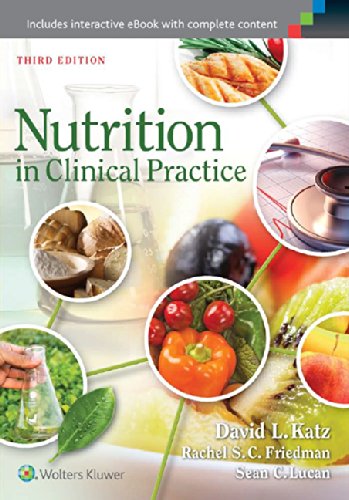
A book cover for Nutrition in Clinical Practice; Dr. David L. Katz MD  MPH  FACPM  FACP; Medical Books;